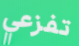
تفزعي